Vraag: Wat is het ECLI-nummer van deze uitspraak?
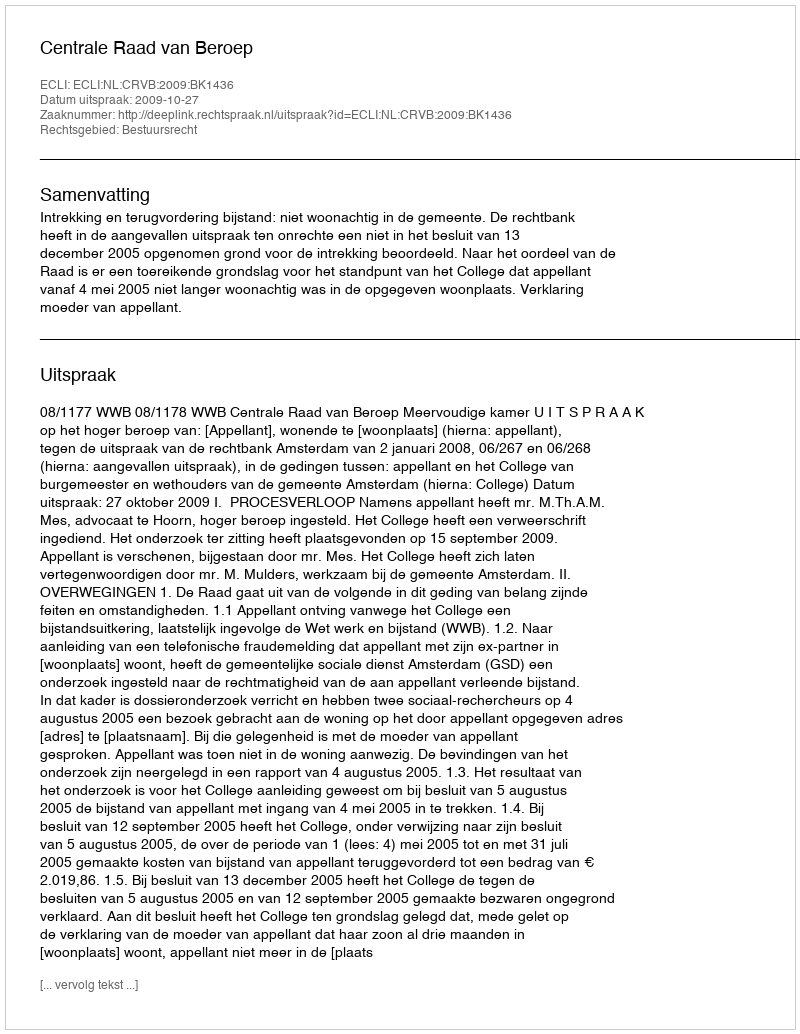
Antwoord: ECLI:NL:CRVB:2009:BK1436